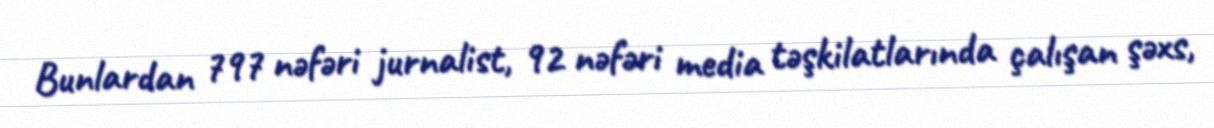
Bunlardan 797 nəfəri jurnalist, 92 nəfəri media təşkilatlarında çalışan şəxs,